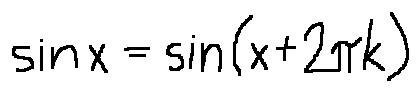
\sin x = \sin ( x + 2 \pi k )